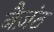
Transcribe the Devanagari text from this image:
बैज़ंठ